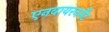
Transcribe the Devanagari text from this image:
एनवायरनमैंट